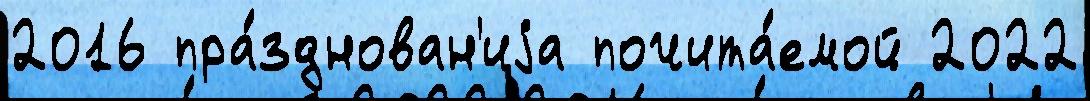
2016 пра́зднован'иjа почита́емой 2022